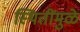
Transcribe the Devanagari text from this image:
स्थितींमुळे